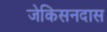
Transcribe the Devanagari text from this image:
जेकिसनदास